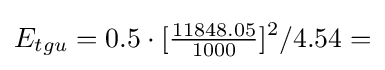
E_{tgu}=0.5\cdot [{\tfrac {11848.05}{1000}}]^{2}/4.54=